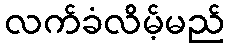
လက်ခံလိမ့်မည်